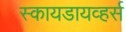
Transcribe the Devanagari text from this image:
स्कायडायव्हर्स